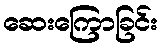
ဆေးကြောခြင်း